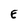
Character: E